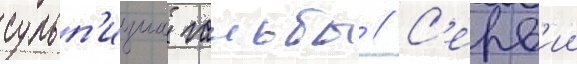
сульп'ициа гальбы // С'ерв'ии